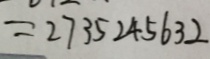
= 2 7 3 5 2 4 5 6 3 2